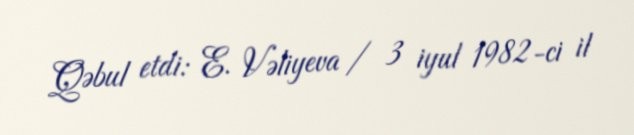
Qəbul etdi: E. Vəliyeva / 3 iyul 1982-ci il